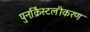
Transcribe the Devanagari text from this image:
पुनःर्क्रिस्टलीकरण